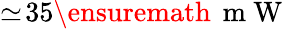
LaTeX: \simeq\! 35\ensuremath{\, \mathrm{~m~W~}}